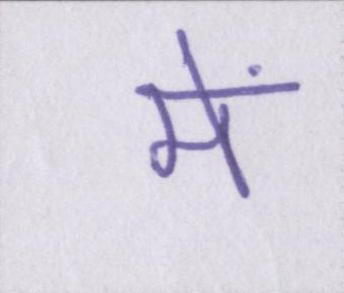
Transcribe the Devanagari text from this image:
में